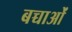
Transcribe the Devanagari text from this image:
बच्चाओं